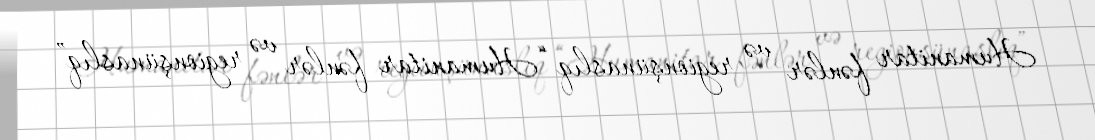
Humanitar fənlər və regionşünaslıq “Humanitar fənlər və regionşünaslıq”